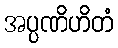
အပ္ပဏိဟိတံ